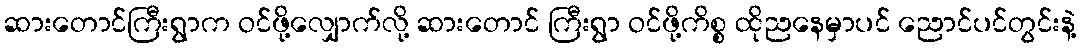
ဆားတောင်ကြီးရွာက ဝင်ဖို့လျှောက်လို့ ဆားတောင် ကြီးရွာ ဝင်ဖို့ကိစ္စ ထိုညနေမှာပင် ညောင်ပင်တွင်းနဲ့